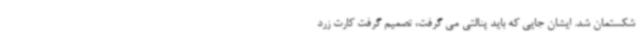
شکستمان شد. ایشان جایی که باید پنالتی می گرفت، تصمیم گرفت کارت زرد